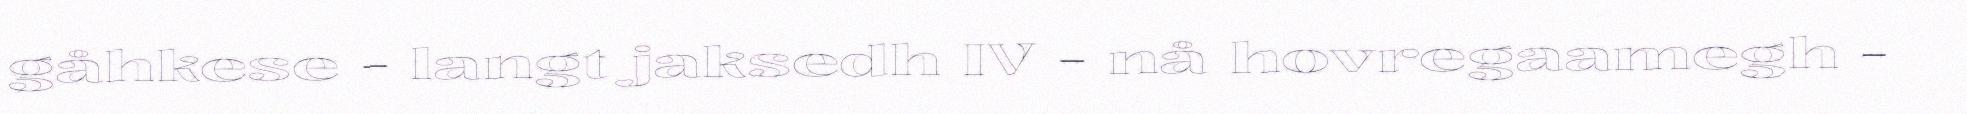
gåhkese - langt jaksedh IV - nå hovregaamegh -